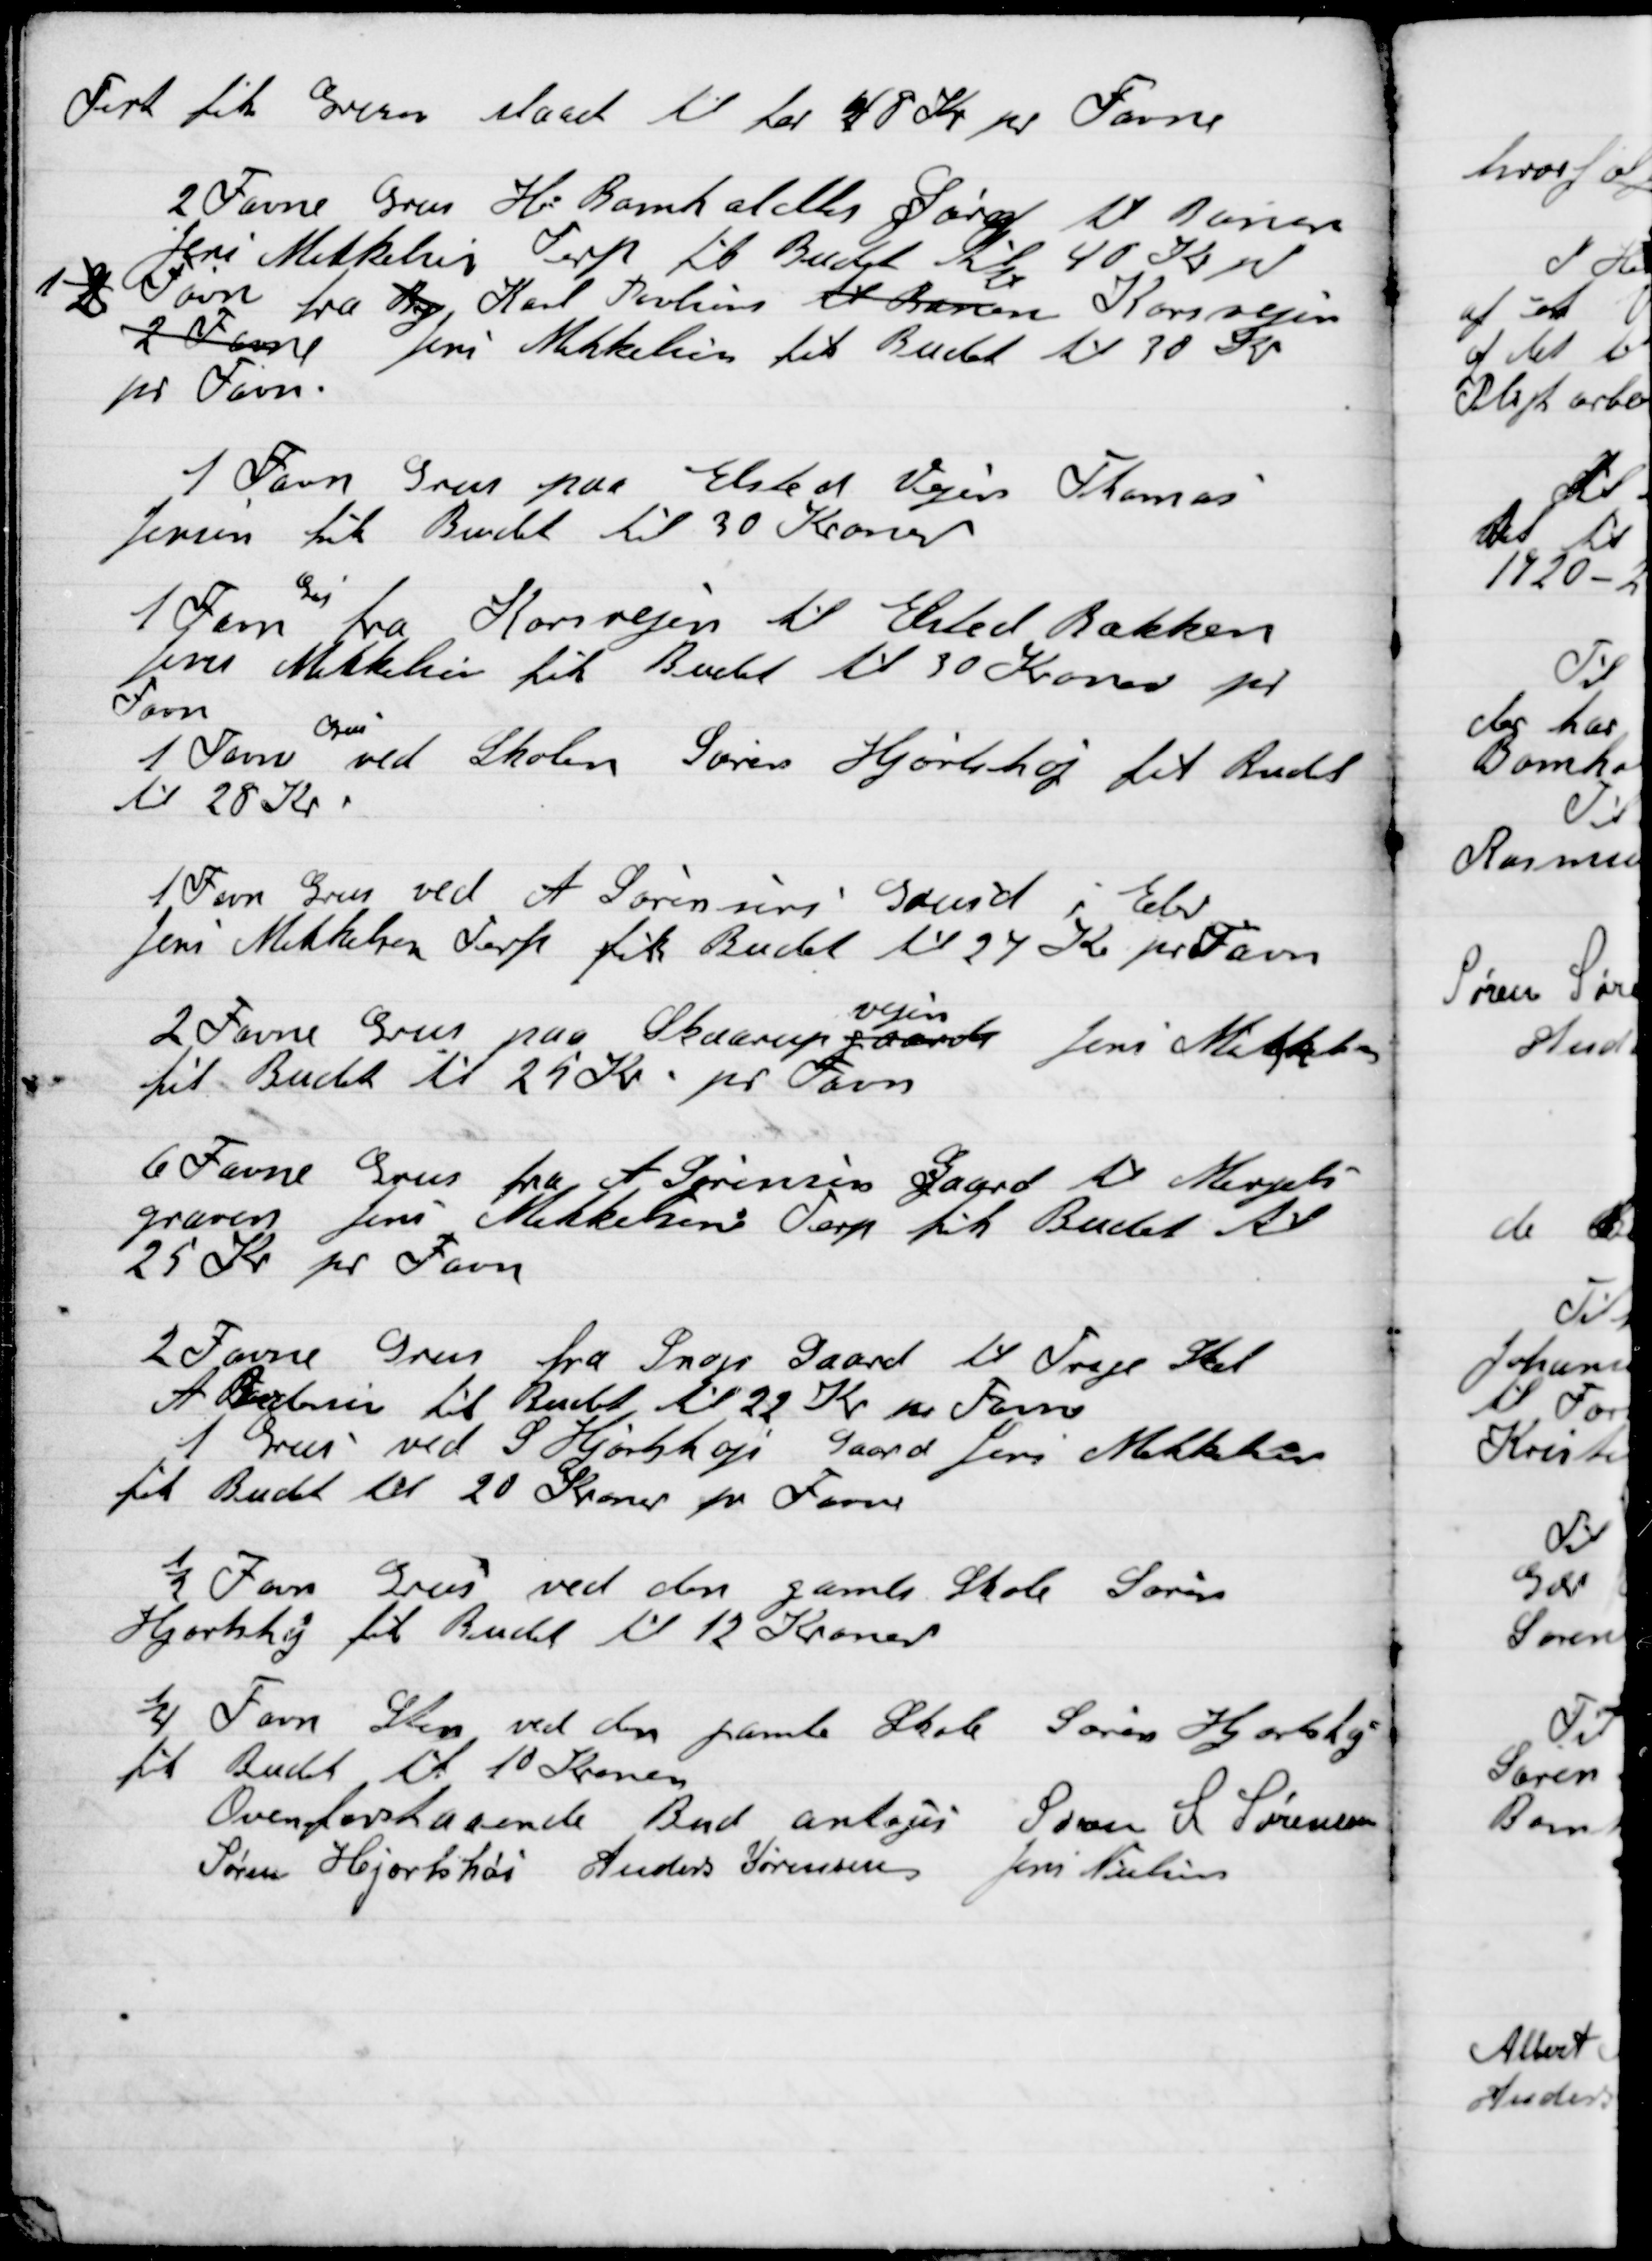
Transskription:
Terp fik Grus slaaet til for 48 Kr. pr. Favn
2 Favn Grus H. Bomholdts Gaard til Banen
Jens Mikkelsen Terp til Budet til 40 Kr pr
1 2 Favn fra By Karl Poulsen til Banen Korsvejen
2 Favne Jens Mikkelsen til Budet til 30 Kr.
pr. Favn.
1 Favn Grus paa Elsted Vejen Thomas
Jensen til Budet til 30 Kroner.
1 Favn
Grus
fra Korsvejen til Elsted Bækken
Jens Mikkelsen fik Budet til 30 Kroner pr
Favn
1 Favn
Grus
ved Skolen Søren Hjortshøj fik Budet
Til 28 Kr.
1 Favn Grus ved A. Sørensens Grund i Elev
Jens Mikkelsen Terp fik Budet  til 27 Kr. pr Favn
2 Favn Grus paa Skaarup-
vejen
gaard Jens Mikkelsen
fik Budet til 25 Kr pr Favn
6 Favn Grus fra A. Sørensens Gaard til Mergel-
graven Jens Mikkelsen Terp fik Budet til
25 Kr pr Favn
2 Favn Grus fra Snogs Gaard til Trige Skel
A.  fik Budet til 22 Kr. pr Favn
1 Grus ved S. Hjortshøjs Gaard Jens Mikkelsen
Fik Budet til 20 Kroner pr Favn
½ Favn Grus ved den gamle Skole Søren
Hjortshøj fik Budet til 12 Kroner
 ¼ Favn sten ved den gamle Skole Søren Hjortshøj
fik Budet til 10 Kroner

Ovenforstaaende Bud antoges
Søren S. Sørensen
Søren Hjortshøi
Anders Sørensen
Jens Nielsen